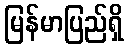
မြန်မာပြည်ရှိ